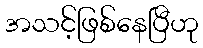
အသင့်ဖြစ်နေပြီဟု